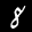
Label: 8